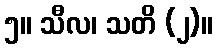
၅။ သီလ၊ သတိ (၂)။